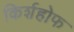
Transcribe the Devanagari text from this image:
किर्शहोफ